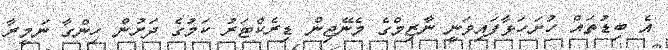
އެ ބިޑުތައް ހުށަހަޅާފައިވަނީ ނާޒިމްގެ މެނޭޖިން ޑިރެކްޓަރު ކަމުގެ ދަށުން ހިންގާ ނަމީރާ